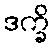
ဒက္ခိ